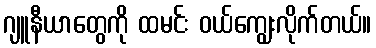
ဂျူနီယာတွေကို ထမင်း ဝယ်ကျွေးလိုက်တယ်။